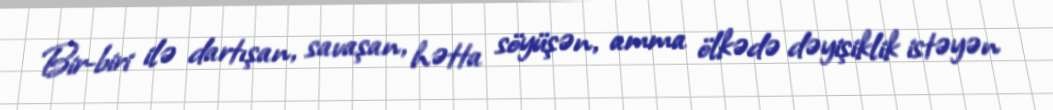
Bir-biri ilə dartışan, savaşan, hətta söyüşən, amma ölkədə dəyişiklik istəyən